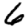
Digit: 6